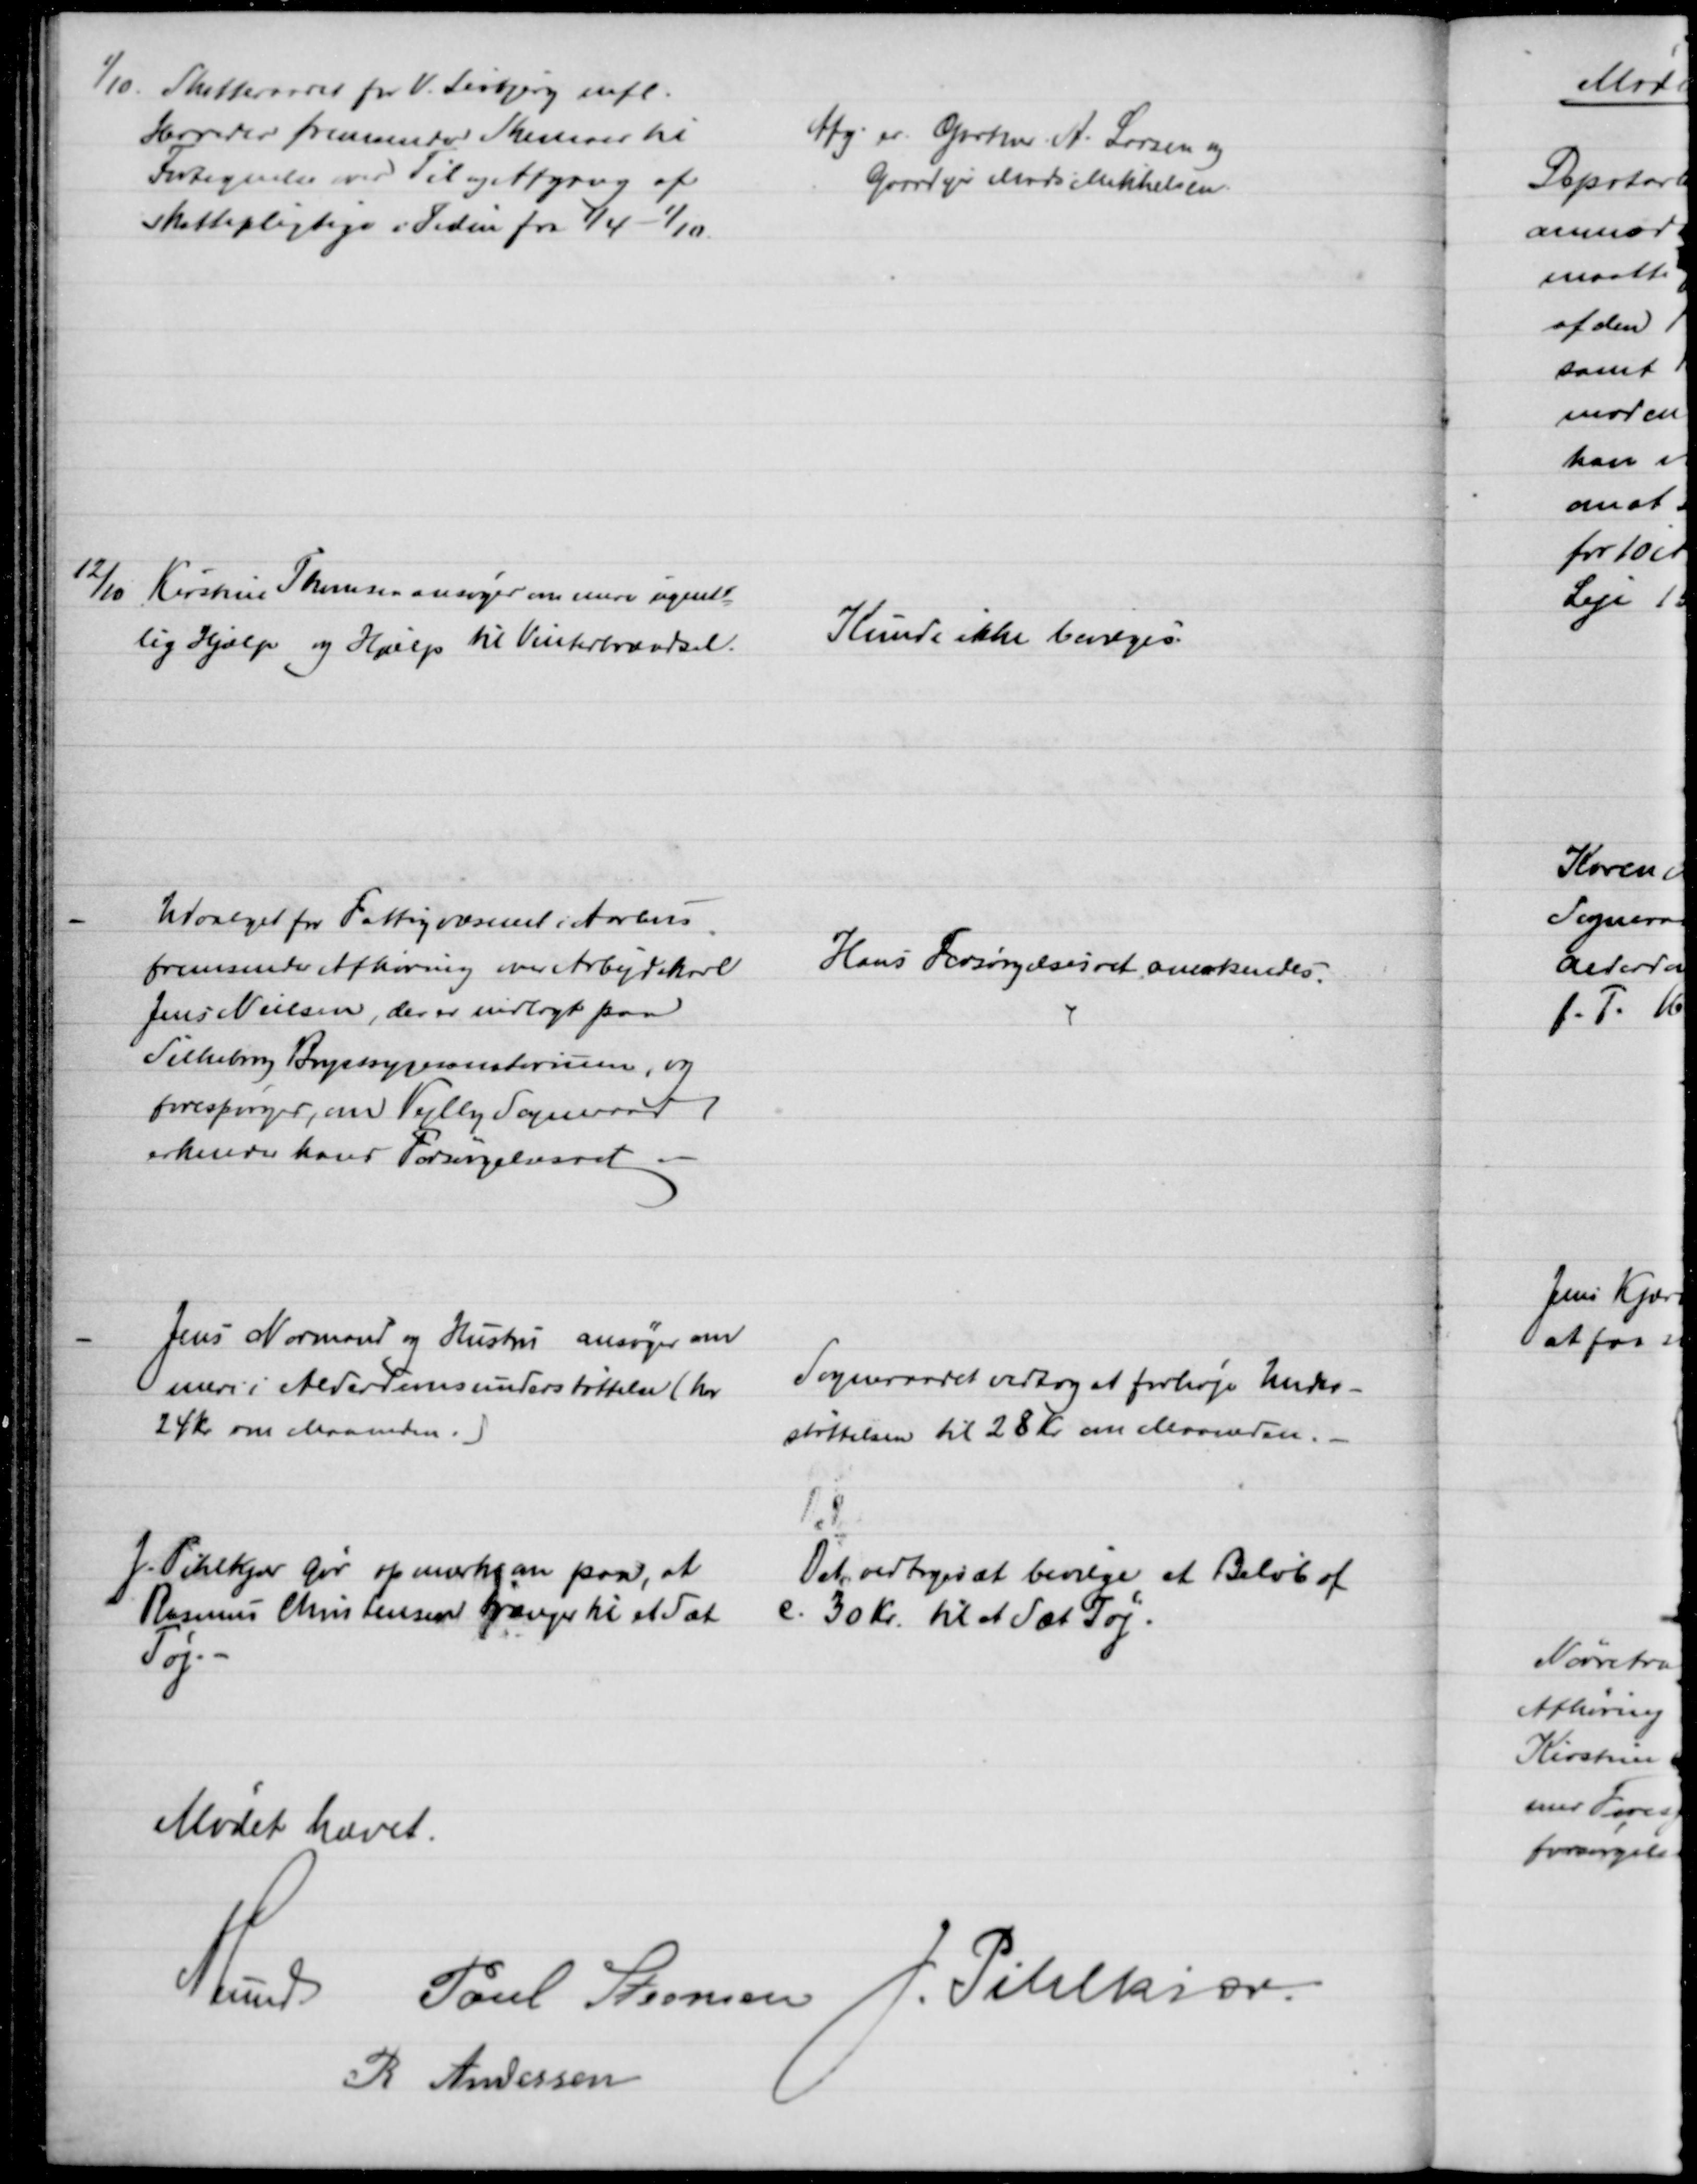
Transskription:
1/10. Skatteraadet for V. Lisbjerg mfl.
Herreder fremsender Skemaer til
Fortegnelse over Til og Afgang af
skattepligtige i Tiden fra 1/4 - 1/10
Afg. er Gartner A. Larsen og
Gaardejer Mads Mikkelsen.
12/10
Kirstine Thomsen ansøger om mere ugent-
lig Hjælp og Hjælp til Vinterbrændsel.
Kunde ikke bevilges.
Udvalget for Fattigvæsenet i Aarhus
fremsender Afhøring over Arbejdskarl
Jens Nielsen, der er indlagt paa
Silkeborg Brystsygesanatorium, og 
forespørger, om Vejlby Sogneraad
erkender hans Forsørgelsesret.
Hans Forsørgelsesret anerkendes.
Jens Normand og Hustru ansøger om
mere i Alderdomsunderstøttelse (har
24 Kr om Maaneden.)
Sogneraadet vedtog at forhøje Under-
støttelsen til 28 Kr Maaneden.
J. Pihlkjær gør opmærksom paa, at
Rasmus Christensen trænger til at Sæt
Tøj.
Det vedtoges at bevilge et Beløb af
c. 30 Kr. til at Sæt Tøj.
Mødet hævet.
A Lund Poul Steensen J. Pihlkjær
R Andersen